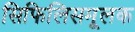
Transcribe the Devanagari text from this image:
सिफिलिसमूलक